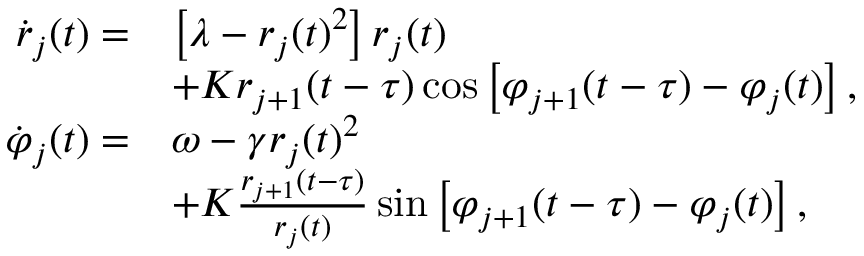
\begin{array} { r l } { \dot { r } _ { j } ( t ) = } & { \left[ \lambda - r _ { j } ( t ) ^ { 2 } \right] r _ { j } ( t ) } \\ & { + K r _ { j + 1 } ( t - \tau ) \cos \left[ \varphi _ { j + 1 } ( t - \tau ) - \varphi _ { j } ( t ) \right] , } \\ { \dot { \varphi } _ { j } ( t ) = } & { \omega - \gamma r _ { j } ( t ) ^ { 2 } } \\ & { + K \frac { r _ { j + 1 } ( t - \tau ) } { r _ { j } ( t ) } \sin \left[ \varphi _ { j + 1 } ( t - \tau ) - \varphi _ { j } ( t ) \right] , } \end{array}